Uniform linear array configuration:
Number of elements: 24
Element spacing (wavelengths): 0.25
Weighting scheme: kaiser
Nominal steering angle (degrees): -30
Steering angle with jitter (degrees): -31.05
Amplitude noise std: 0.05
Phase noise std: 0.05

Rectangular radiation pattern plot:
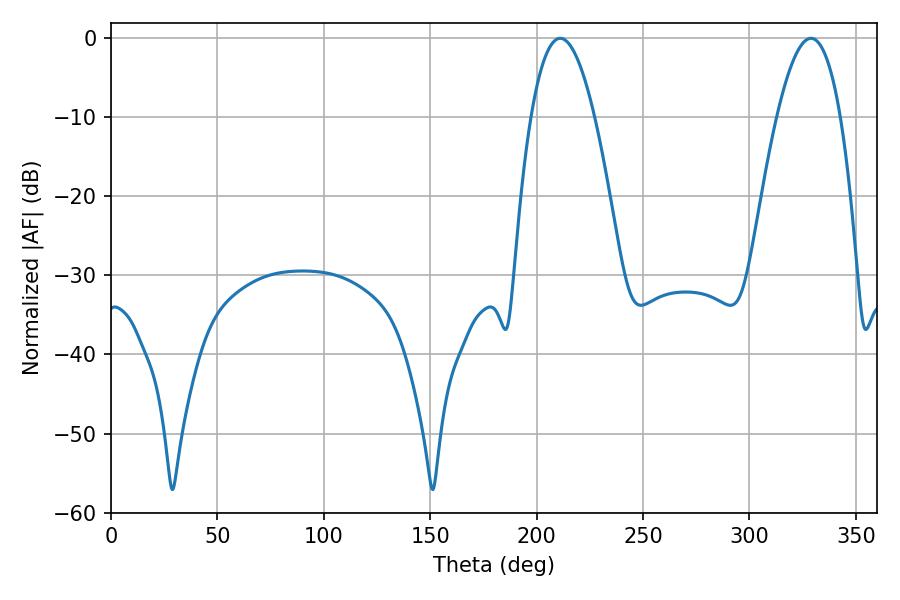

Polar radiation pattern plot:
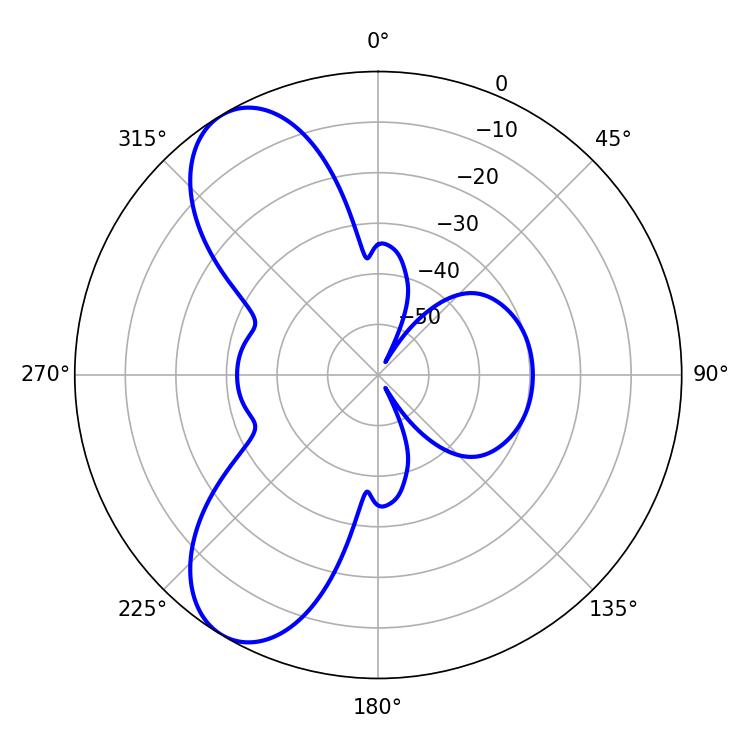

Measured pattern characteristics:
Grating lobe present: FALSE
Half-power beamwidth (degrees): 16.38
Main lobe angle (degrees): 211.14